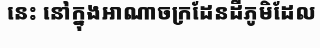
នេះ នៅក្នុងអាណាចក្រដែនដីភូមិដែល